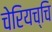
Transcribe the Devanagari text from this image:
चेरियच्चि